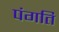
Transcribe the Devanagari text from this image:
पंगति